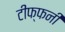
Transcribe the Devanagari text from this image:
टीफ्फनी